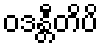
ဝဒန္တီတိပိ